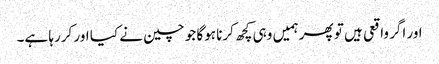
اور اگر واقعی ہیں تو پھر ہمیں وہی کچھ کرنا ہوگا جو چین نے کیا اور کررہا ہے۔